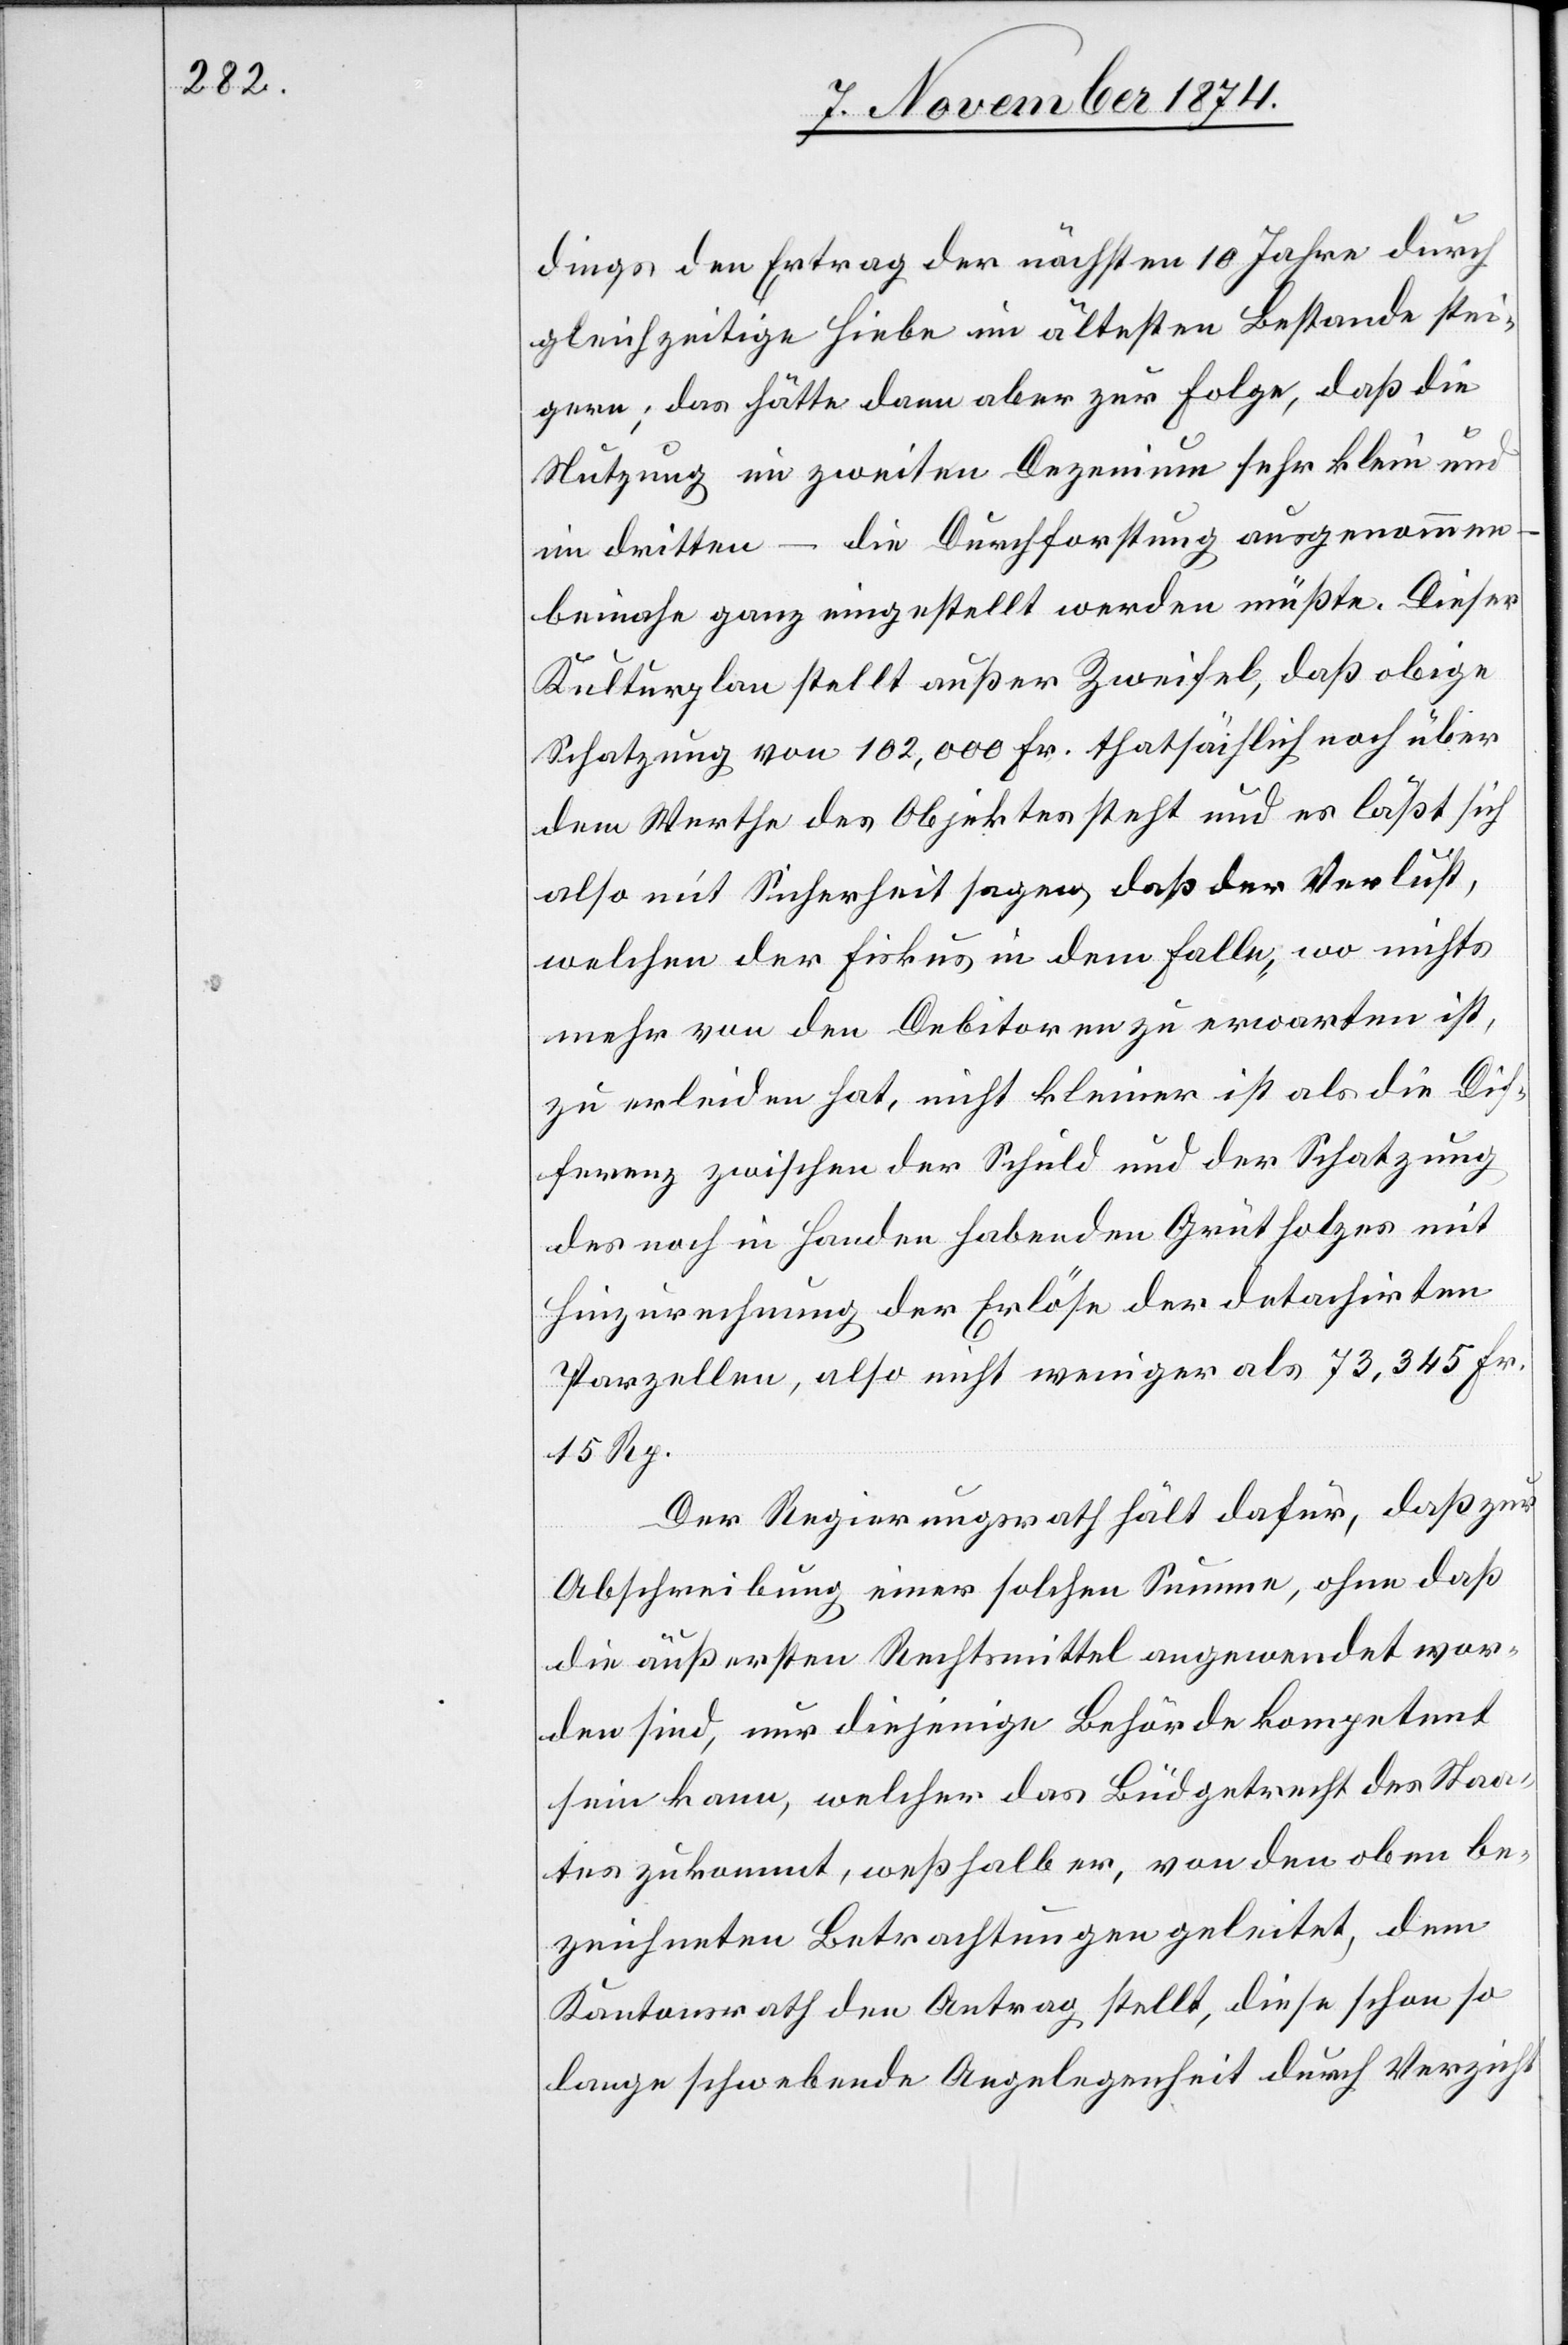
dings den Ertrag der nächsten 10 Jahre durch
gleichzeitige Hiebe im ältesten Bestande stei¬
gern; das hätte dann aber zur Folge, daß die
Nutzung im zweiten Dezenium sehr klein und
im dritten – die Durchforstung ausgenommen
beinahe ganz eingestellt werden müßte. Dieser
Kulturplan stellt außer Zweifel, daß obige
Schatzung von 102,000 Fr. thatsächlich noch über
dem Werthe des Objektes steht und es läßt sich
also mit Sicherheit sagen, daß der Verlust,
welchen der Fiskus in dem Falle, wo nichts
mehr von den Debitoren zu erwarten ist,
zu erleiden hat, nicht kleiner ist als die Dif¬
ferenz zwischen der Schuld und der Schatzung
des noch in Handen habenden Grütholzes mit
Hinzurechnung der Erlöse der detachirten
Parzellen, also nicht weniger als 73,345 Fr.
15 Rp.
Der Regierungsrath hält dafür, daß zur
Abschreibung einer solchen Summe, ohne daß
die äußersten Rechtsmittel angewendet wor¬
den sind, nur diejenige Behörde kompetent
sein kann, welcher das Büdgetrecht des Staa¬
tes zukommt, weßhalb er, von den oben be¬
zeichneten Betrachtungen geleitet, dem
Kantonsrath den Antrag stellt, diese schon so
lange schwebende Angelegenheit durch Verzicht